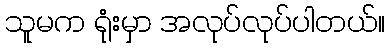
သူမက ရုံးမှာ အလုပ်လုပ်ပါတယ်။